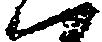
ハ